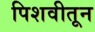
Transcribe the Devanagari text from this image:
पिशवीतून